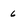
Character: 6